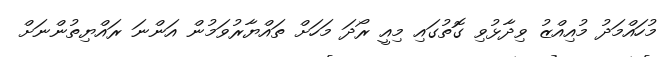
މުހައްމަދު މުއިއްޒު ވިދާޅުވި ގޮތުގައި މިއީ ރޯދަ މަހަށް ތައްޔާރުވަމުން އަންނަ ރައްޔިތުންނަށް